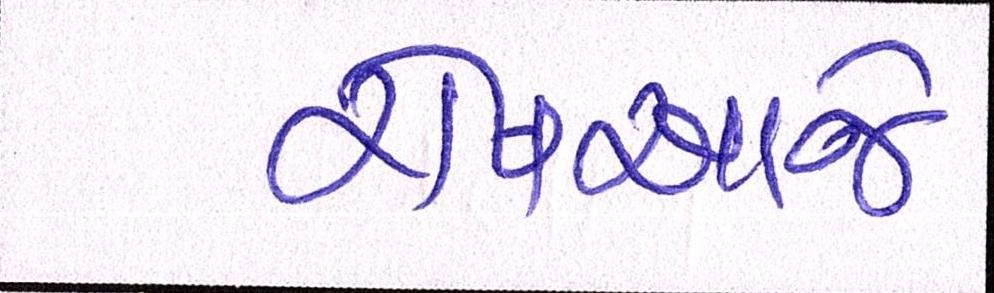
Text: રોષઆજે